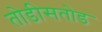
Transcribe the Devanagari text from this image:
तोडीसतोड